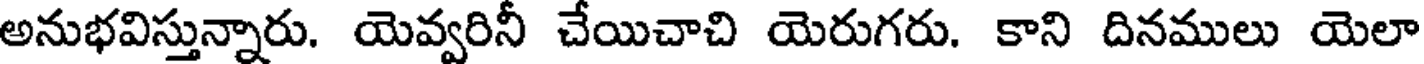
అనుభవిస్తున్నారు. యెవ్వరినీ చేయిచాచి యెరుగరు. కాని దినములు యెలా